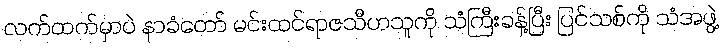
လက်ထက်မှာပဲ နာခံတော် မင်းထင်ရာဇသီဟသူကို သံကြီးခန့်ပြီး ပြင်သစ်ကို သံအဖွဲ့